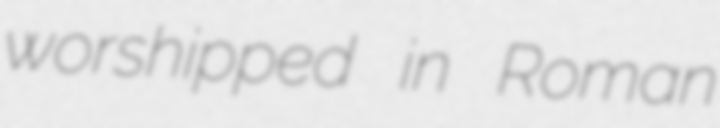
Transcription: worshipped in Roman